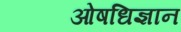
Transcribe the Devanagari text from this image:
ओषधिज्ञान